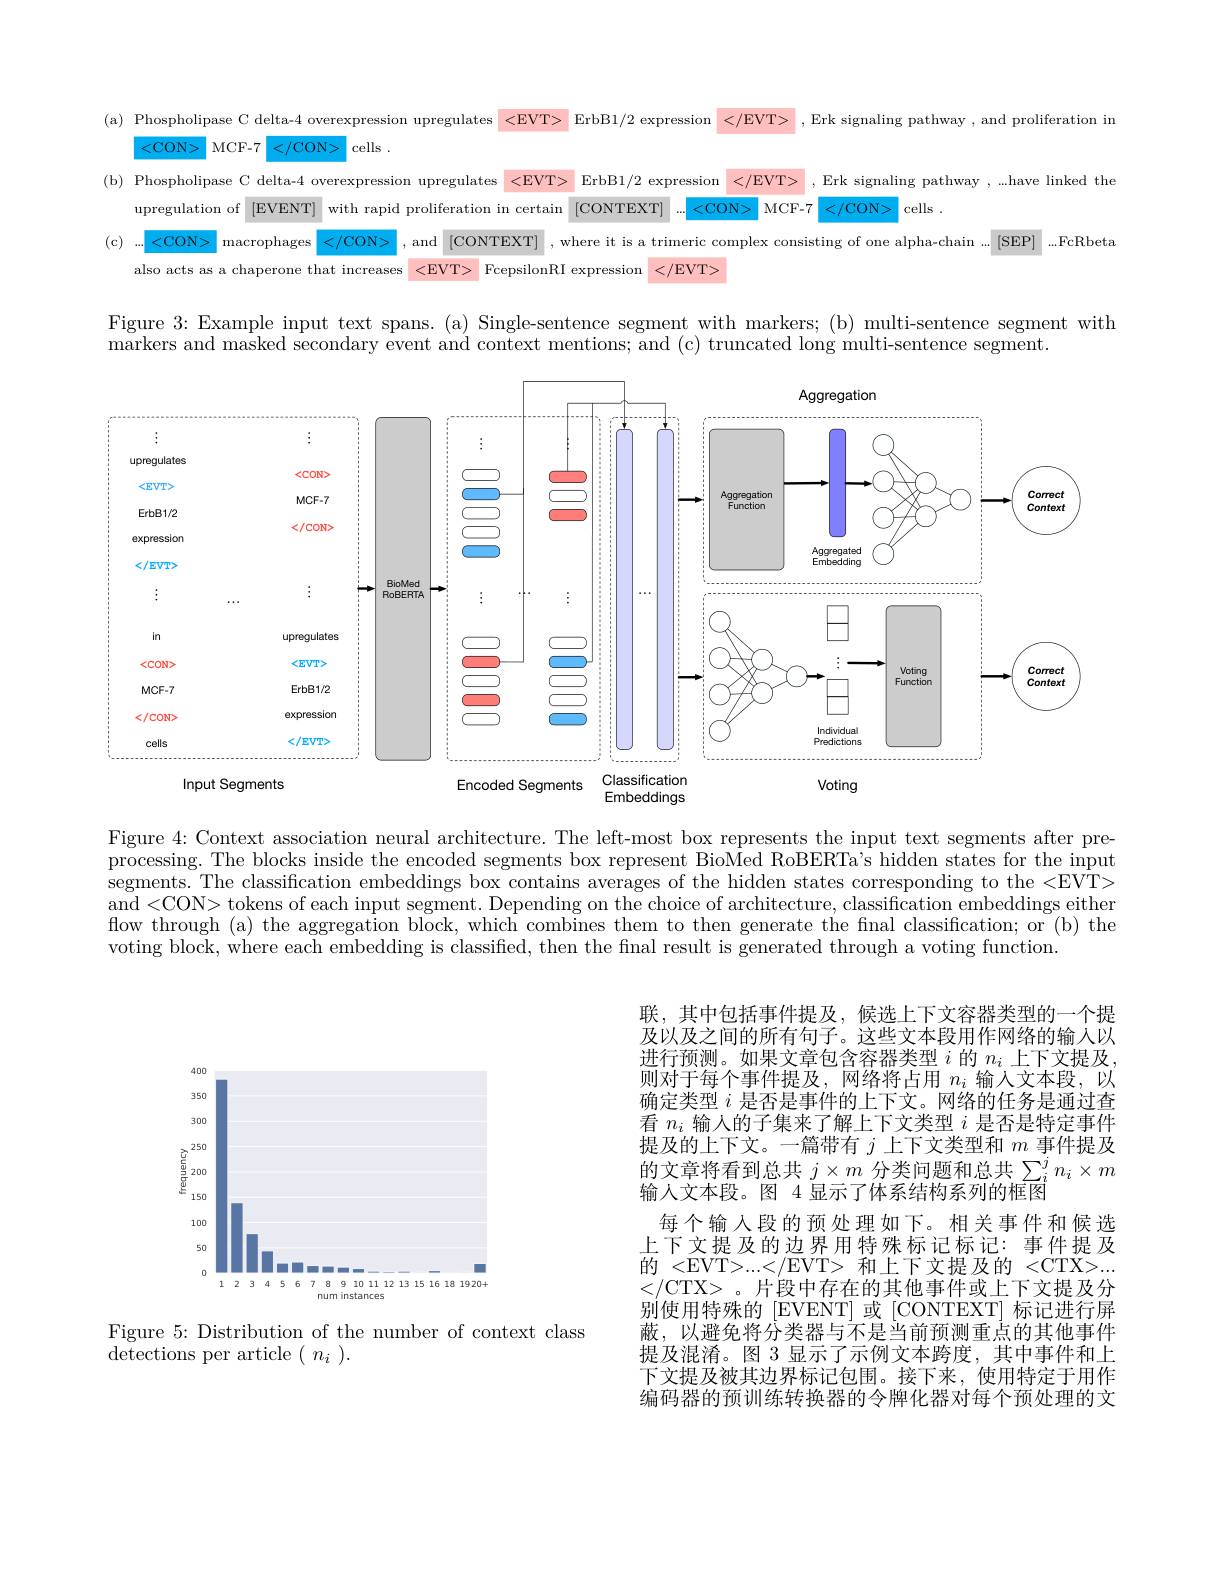
<FigureHere>

Figure 3: Example input text spans. (a) Single-sentence segment with markers; (b) multi-sentence segment with

markers and masked secondary event and context mentions; and (c) truncated long multi-sentence segment.

<FigureHere>

Figure 4: Context association neural architecture. The left-most box represents the input text segments after preprocessing. The blocks inside the encoded segments box represent BioMed RoBERTa's hidden states for the input segments. The classification embeddings box contains averages of the hidden states corresponding to the <EVT> and <CON> tokens of each input segment. Depending on the choice of architecture, classification embeddings either flow through (a) the aggregation block, which combines them to then generate the final classification; or (b) the voting block, where each embedding is classified, then the final result is generated through a voting function.

<FigureHere>

联，其中包括事件提及，候选上下文容器类型的一个提及以及之间的所有句子。这些文本段用作网络的输入以进行预测。如果文章包含容器类型$i$的$n_i$上下文提及， 则对于每个事件提及，网络将占用$n_i$输入文本段，以确定类型$i$是否是事件的上下文。网络的任务是通过查看$n_i$输人的子集来了解上下文类型$i$是否是特定事件提及的上下文。一篇带有$j$上下文类型和$m$事件提及的文章将看到总共$j\times m$分类问题和总共$\sum_i^jn_i\times m$ 输人文本段。图 4 显示了体系结构系列的框图
每个输入段的预处理如下。相关事件和候选上下文提及的边界用特殊标记标记：事件提及的 <EVT>...</EVT> 和上下文提及的 <CTX>... </CTX>。片段中存在的其他事件或上下文提及分别使用特殊的[EVENT]或[CONTEXT]标记进行屏蔽，以避免将分类器与不是当前预测重点的其他事件提及混淆。图 3 显示了示例文本跨度，其中事件和上下文提及被其边界标记包围。接下来，使用特定于用作编码器的预训练转换器的令牌化器对每个预处理的文

Figure 5: Distribution of the number of context class
$\bar{\text{detections per article}}(\begin{array}{c}n_{i}\end{array}).$